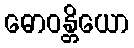
ဓောဝန္တိယော